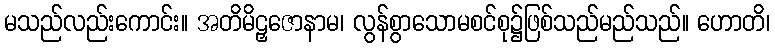
မသည်လည်းကောင်း။ အတိမိဠှဇောနာမ၊ လွန်စွာသောမစင်စု၌ဖြစ်သည်မည်သည်။ ဟောတိ၊